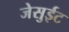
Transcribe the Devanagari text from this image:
जेसुईट